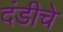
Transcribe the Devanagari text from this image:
दंडीचे